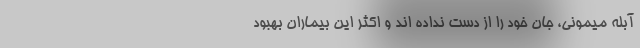
آبله میمونی، جان خود را از دست نداده اند و اکثر این بیماران بهبود